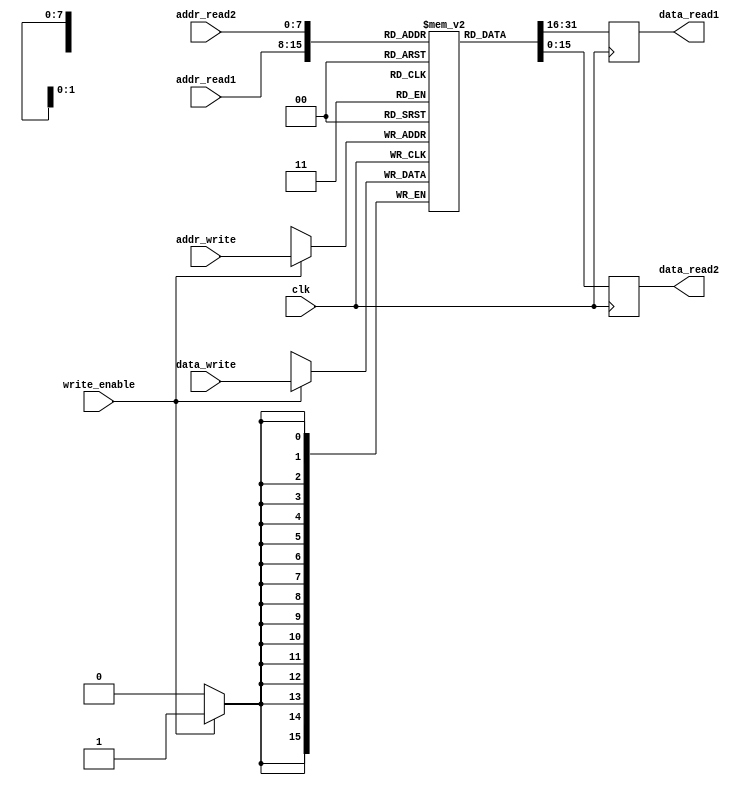
module dual_port_ram (
    input clk,
    input [ADDR_WIDTH-1:0] addr_write,
    input [DATA_WIDTH-1:0] data_write,
    input write_enable,
    input [ADDR_WIDTH-1:0] addr_read1,
    output reg [DATA_WIDTH-1:0] data_read1,
    input [ADDR_WIDTH-1:0] addr_read2,
    output reg [DATA_WIDTH-1:0] data_read2
);

parameter ADDR_WIDTH = 8;
parameter DATA_WIDTH = 16;
parameter RAM_DEPTH = 256;

reg [DATA_WIDTH-1:0] memory [RAM_DEPTH-1:0];

always @(posedge clk) begin
    if (write_enable) begin
        memory[addr_write] <= data_write;
    end
    data_read1 <= memory[addr_read1];
    data_read2 <= memory[addr_read2];
end

endmodule